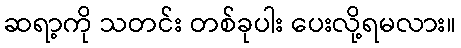
ဆရာ့ကို သတင်း တစ်ခုပါး ပေးလို့ရမလား။